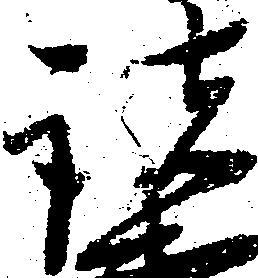
諸